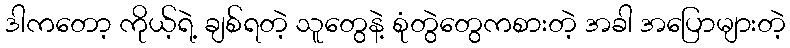
ဒါကတော့ ကိုယ့်ရဲ့ ချစ်ရတဲ့ သူတွေနဲ့ စုံတွဲတွေကစားတဲ့ အခါ အပြောများတဲ့